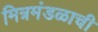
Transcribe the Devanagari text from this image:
मित्रमंडळाची